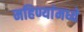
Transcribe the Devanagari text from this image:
महिण्यांमध्ये